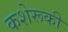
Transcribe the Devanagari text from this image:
कशेरूकी